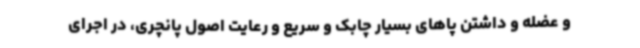
و عضله و داشتن پاهای بسیار چابک و سریع و رعایت اصول پانچری، در اجرای